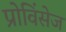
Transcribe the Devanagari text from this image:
प्रोविंसेज